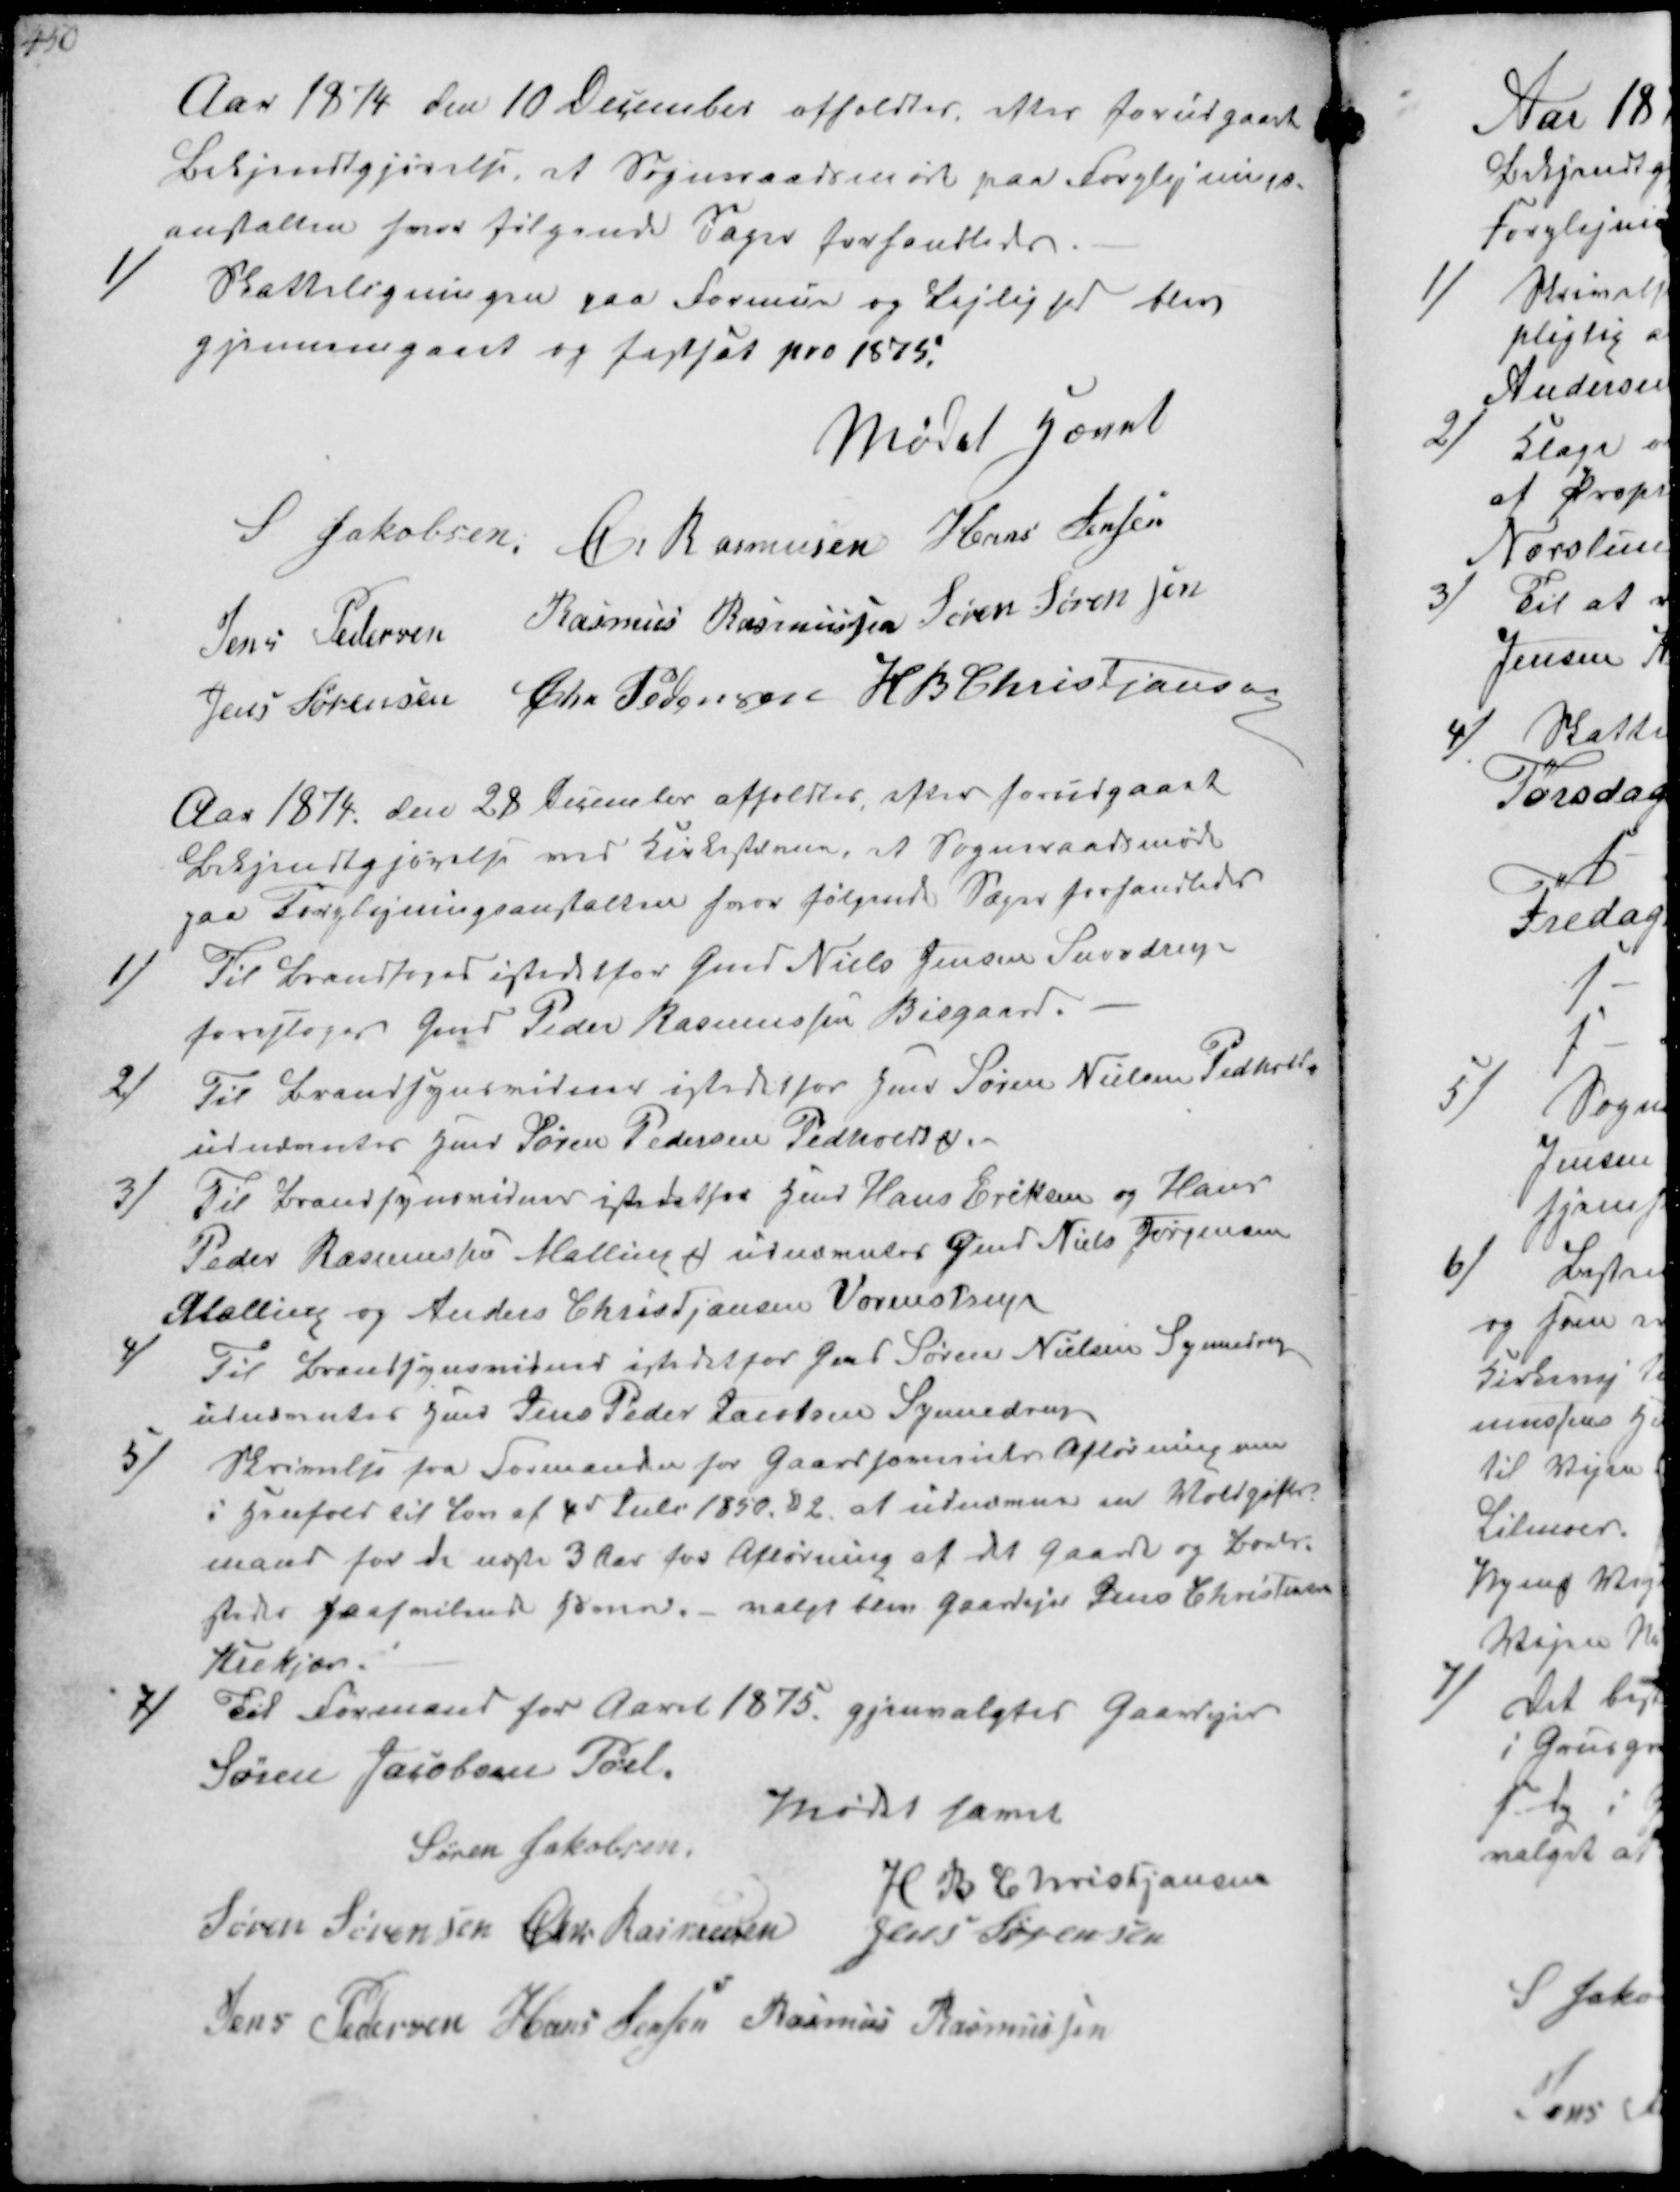
Transskription:
Aar 1874 den 10 December afholdtes, efter forudgaaet
bekjendtgjørelse, et Sognaadsmøde paa Forplejnings-
anstalten hvor følgende sager forhandledes
1/
Skatteligningen paa Formue og Lejlighed blev
gjennemgaat og fastsat pro 1875.

Mødet hævet
S Jakobsen Chr Rasmussen Hans Jensen
Jens Pedersen Rasmus Rasmussen Søren Sørenen
Jens Sørensen Chr Pedersen H B Christjansen

Aar 1874 den 28 December afholdtes, efter forudgaaet
Bekjendtgjørelse ved Kirkestævne et Sogneraadsmøde
paa Forplejningsanstalten hvor følgende Sager forhandledes

1/
Til Brandfoged istedetfor Gmd Niels Jensen Snovdrup
foresloges Gmd Søren Rasmussen Bisgaard.

2/
Til Brandsynsvidne istedet for Gmd Søren Nielsen Pedholt
udnævntes Gmd Søren Pedersen Pedholdt ₻

3/
Til Brandsynsvidner istedetfor Gmd Hans Eriksen og Hmd
Peder Rasmussen Malling udnævnter Gmd Niels Jørgensen
Malling og Anders Christjansen Vormstrup

4/
Til Brandsynsvidner istedetfor Gmd Søren Nielsen Synnedrup
udnævntes Gmd Jens Peder Laursen Synnedrup

5/
Skrivelse fra Formanden for Gaardhoveriets Afløsning mm
i henhold til Lov af 4d Juli 1850. § 2 at udnævne en Voldgifts-
mand for de næste 3 Aar for Afløsning af det Gaarde og Boels-
steder paahvilende Hoveri valgt blev gaardejer Jens Christensen
Krekjær.

7/
Til Formand for Aaret 1875 gjenvalgtes Gaardejer
Søren Jacobsen Pøel
Mødet hævet
Søren Jakobsen
H B Christjansen
Søren Sørensen Chr Rasmussen Jens Sørensen
Jens Pedersen Hans Jensen Rasmus Rasmussen